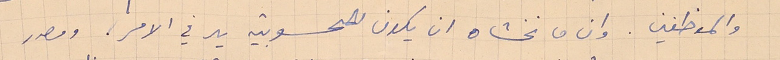
والموظفين. وان ما نخشاه ان يكون للمحسوبية يد في الامر، ومصدر